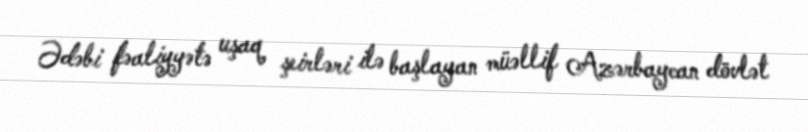
Ədəbi fəaliyyətə uşaq şeirləri ilə başlayan müəllif Azərbaycan dövlət